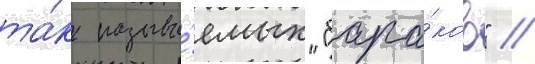
та́к называ́емых "бара́ков" /